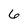
Character: 6